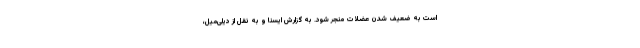
است به ضعیف شدن عضلات منجر شود. به گزارش ایسنا و به نقل از دیلی‌میل،